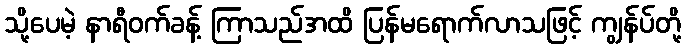
သို့ပေမဲ့ နာရီဝက်ခန့် ကြာသည်အထိ ပြန်မရောက်လာသဖြင့် ကျွန်ပ်တို့